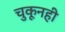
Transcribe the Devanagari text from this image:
चुकूनही